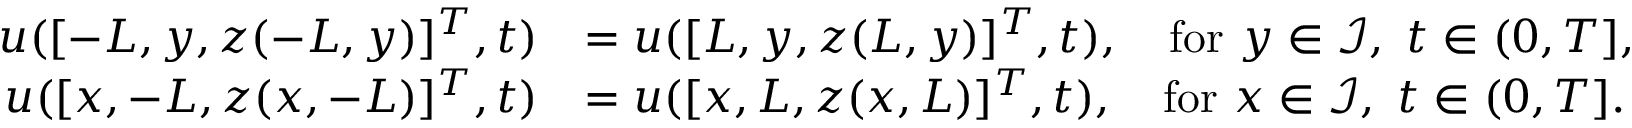
\begin{array} { r l } { u ( [ - L , y , z ( - L , y ) ] ^ { T } , t ) } & { = u ( [ L , y , z ( L , y ) ] ^ { T } , t ) , \quad \mathrm { f o r ~ } y \in \mathcal { I } , \ t \in ( 0 , T ] , } \\ { u ( [ x , - L , z ( x , - L ) ] ^ { T } , t ) } & { = u ( [ x , L , z ( x , L ) ] ^ { T } , t ) , \quad \mathrm { f o r ~ } x \in \mathcal { I } , \ t \in ( 0 , T ] . } \end{array}